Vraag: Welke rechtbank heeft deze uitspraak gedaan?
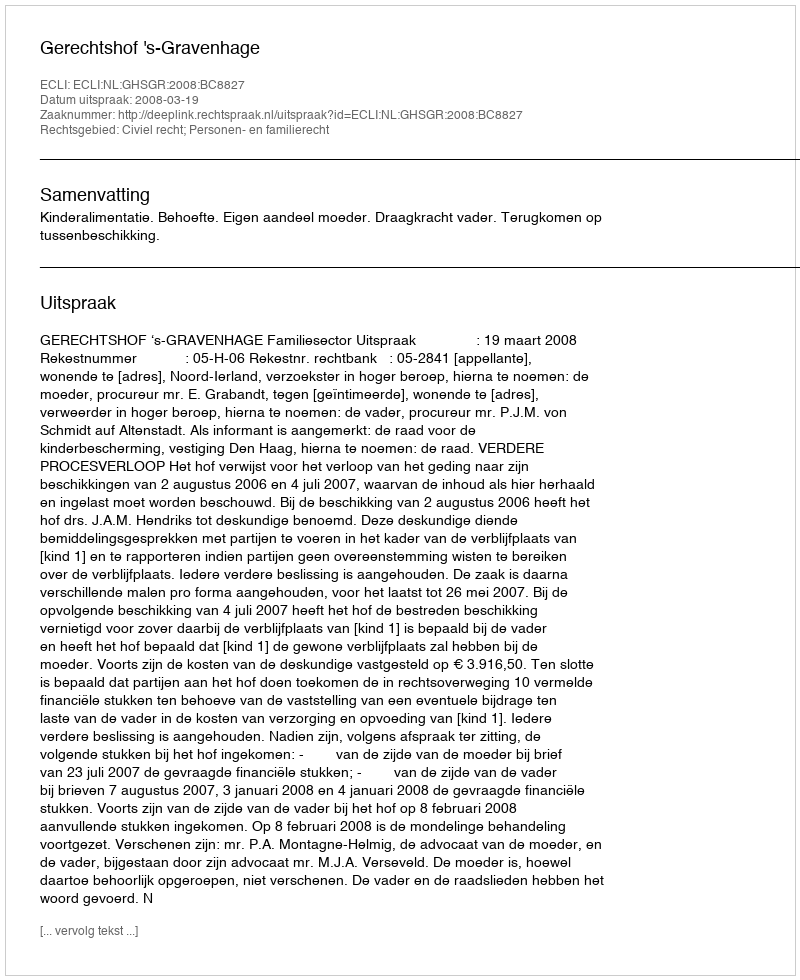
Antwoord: Gerechtshof 's-Gravenhage